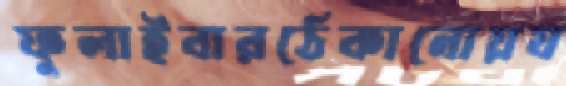
ফুলাইবারঠেকানোয়য